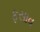
ફસાવ